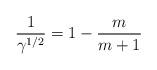
LaTeX: \begin{align*} \frac{1}{\gamma^{1/2}}=1-\frac{m}{m+1}\end{align*}